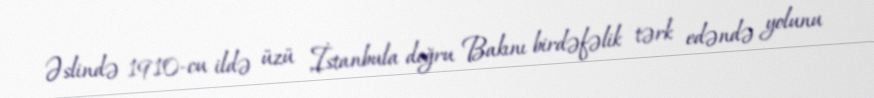
Əslində 1910-cu ildə üzü İstanbula doğru Bakını birdəfəlik tərk edəndə yolunu